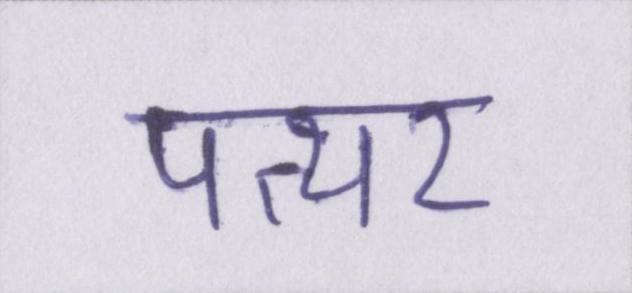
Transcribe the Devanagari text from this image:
पत्थर